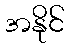
အနိုင်